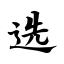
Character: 选